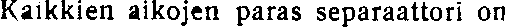
Kaikkien aikojen paras separaattori on